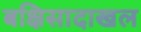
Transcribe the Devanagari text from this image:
बक्षिसादाखल